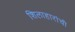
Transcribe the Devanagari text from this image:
शिलाहारांची